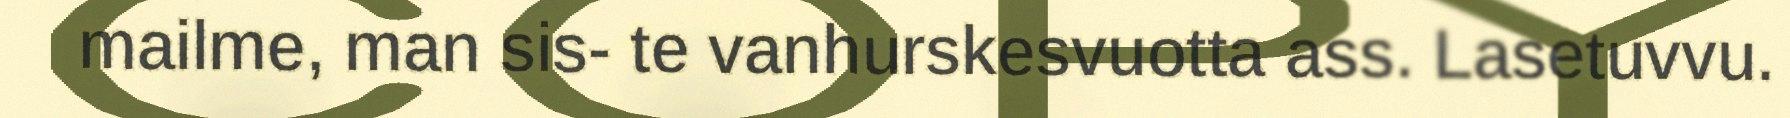
mailme, man sis- te vanhurskesvuotta ass. Lasetuvvu.